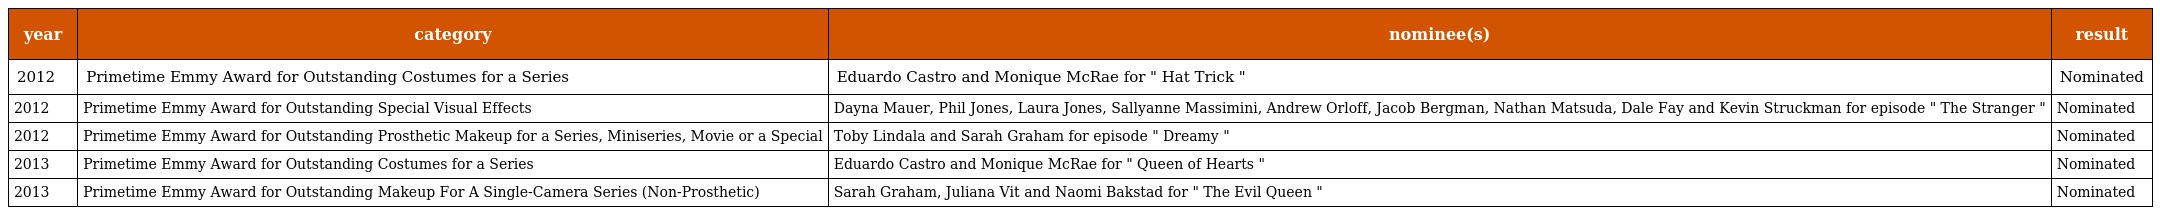
| year | category | nominee(s) | result |
 | --- | --- | --- | --- |
 | 2012 | Primetime Emmy Award for Outstanding Costumes for a Series | Eduardo Castro and Monique McRae for " Hat Trick " | Nominated |
 | 2012 | Primetime Emmy Award for Outstanding Special Visual Effects | Dayna Mauer, Phil Jones, Laura Jones, Sallyanne Massimini, Andrew Orloff, Jacob Bergman, Nathan Matsuda, Dale Fay and Kevin Struckman for episode " The Stranger " | Nominated |
 | 2012 | Primetime Emmy Award for Outstanding Prosthetic Makeup for a Series, Miniseries, Movie or a Special | Toby Lindala and Sarah Graham for episode " Dreamy " | Nominated |
 | 2013 | Primetime Emmy Award for Outstanding Costumes for a Series | Eduardo Castro and Monique McRae for " Queen of Hearts " | Nominated |
 | 2013 | Primetime Emmy Award for Outstanding Makeup For A Single-Camera Series (Non-Prosthetic) | Sarah Graham, Juliana Vit and Naomi Bakstad for " The Evil Queen " | Nominated |